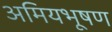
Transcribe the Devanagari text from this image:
अमियभूषण